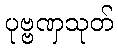
ပုဗ္ဗဏှသုတ်